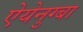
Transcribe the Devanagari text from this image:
ऐयेनुग्बा